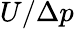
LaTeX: U/\Delta p